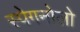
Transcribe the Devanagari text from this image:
स्पेगनोलो